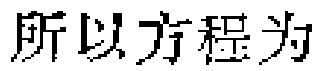
所以方程为